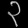
Digit: ၃